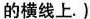
的横线上.)